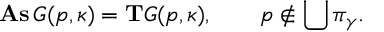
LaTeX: \mathrm { \bf A s } \, G ( p , \kappa ) = \mathrm { \bf T } G ( p , \kappa ) , \quad \quad p \notin \bigcup \pi _ { \gamma } .